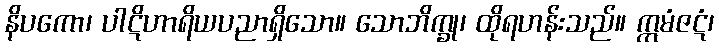
နိပကော၊ ပါဋိဟာရိယပညာရှိသော။ သောဘိက္ခု၊ ထိုရဟန်းသည်။ ဣမံဇဋံ၊